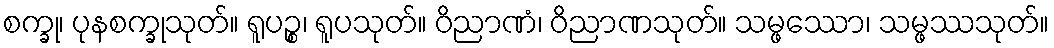
စက္ခု၊ ပုနစက္ခုသုတ်။ ရူပဉ္စ၊ ရူပသုတ်။ ဝိညာဏံ၊ ဝိညာဏသုတ်။ သမ္ဖဿော၊ သမ္ဖဿသုတ်။